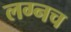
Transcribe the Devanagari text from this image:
लग्नच